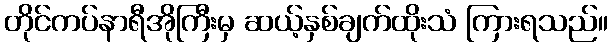
တိုင်ကပ်နာရီအိုကြီးမှ ဆယ့်နှစ်ချက်ထိုးသံ ကြားရသည်။